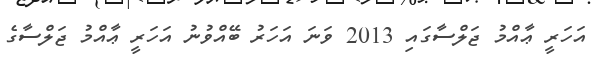
އަހަރީ ޢާއްމު ޖަލްސާގައި 2013 ވަނަ އަހަރު ބޭއްވުނު އަހަރީ ޢާއްމު ޖަލްސާގެ